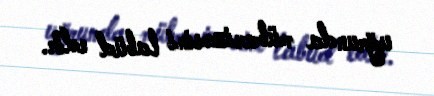
uğrunda mübarizəsini labüd edir.